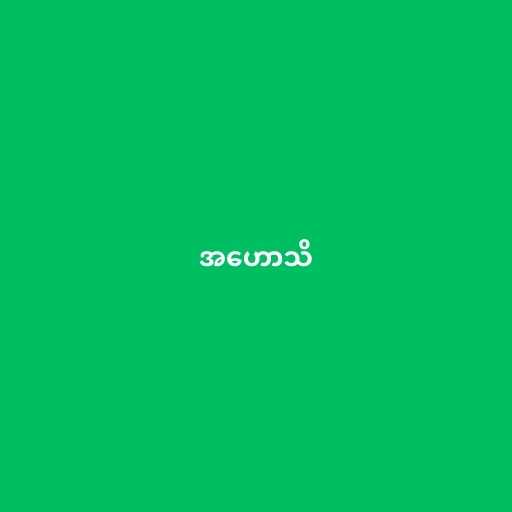
အဟောသိ